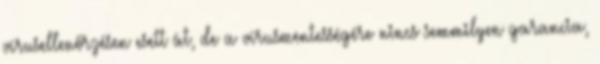
vírusellenőrzésen esett át, de a vírusmentességére nincs semmilyen garancia,